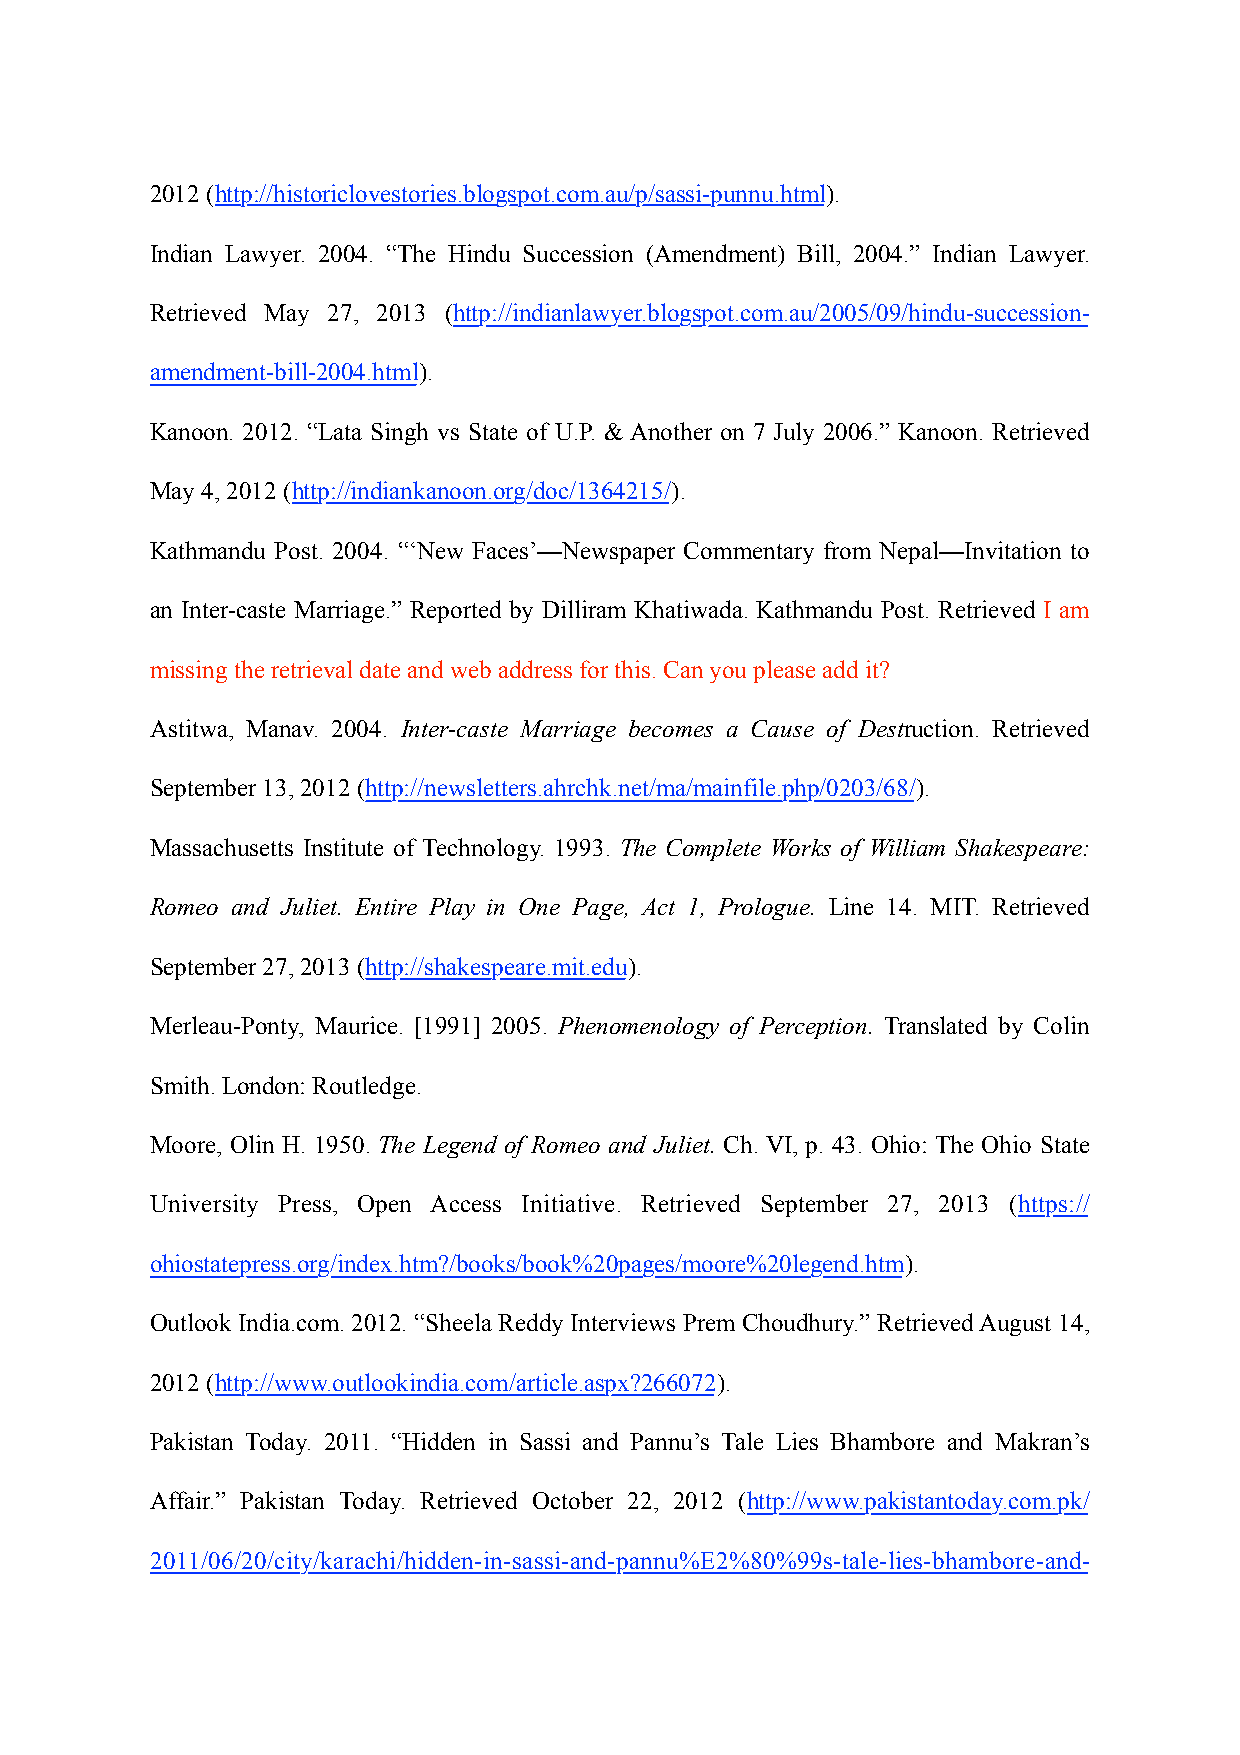
2012 (http://historiclovestories.blogspot.com.au/p/sassi-punnu.html).
 Indian Lawyer. 2004. “The Hindu Succession (Amendment) Bill, 2004.” Indian Lawyer.
 Retrieved May 27, 2013 (http://indianlawyer.blogspot.com.au/2005/09/hindu-succession-
 amendment-bill-2004.html).
 Kanoon. 2012. “Lata Singh vs State of U.P. & Another on 7 July 2006.” Kanoon. Retrieved
 May 4, 2012 (http://indiankanoon.org/doc/1364215/).
 Kathmandu Post. 2004. “‘New Faces’—Newspaper Commentary from Nepal—Invitation to
 an Inter-caste Marriage.” Reported by Dilliram Khatiwada. Kathmandu Post. Retrieved I am
 missing the retrieval date and web address for this. Can you please add it?
 Astitwa, Manav. 2004. Inter-caste Marriage becomes a Cause of Destruction. Retrieved
 September 13, 2012 (http://newsletters.ahrchk.net/ma/mainfile.php/0203/68/).
 Massachusetts Institute of Technology. 1993. The Complete Works of William Shakespeare:
 Romeo and Juliet. Entire Play in One Page, Act 1, Prologue. Line 14. MIT. Retrieved
 September 27, 2013 (http://shakespeare.mit.edu).
 Merleau-Ponty, Maurice. [1991] 2005. Phenomenology of Perception. Translated by Colin
 Smith. London: Routledge.
 Moore, Olin H. 1950. The Legend of Romeo and Juliet. Ch. VI, p. 43. Ohio: The Ohio State
 University Press, Open Access Initiative. Retrieved September 27, 2013 (https://
 ohiostatepress.org/index.htm?/books/book%20pages/moore%20legend.htm).
 Outlook India.com. 2012. “Sheela Reddy Interviews Prem Choudhury.” Retrieved August 14,
 2012 (http://www.outlookindia.com/article.aspx?266072).
 Pakistan Today. 2011. “Hidden in Sassi and Pannu’s Tale Lies Bhambore and Makran’s
 Affair.” Pakistan Today. Retrieved October 22, 2012 (http://www.pakistantoday.com.pk/
 2011/06/20/city/karachi/hidden-in-sassi-and-pannu%E2%80%99s-tale-lies-bhambore-and-